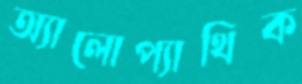
অ্যালোপ্যাথিক